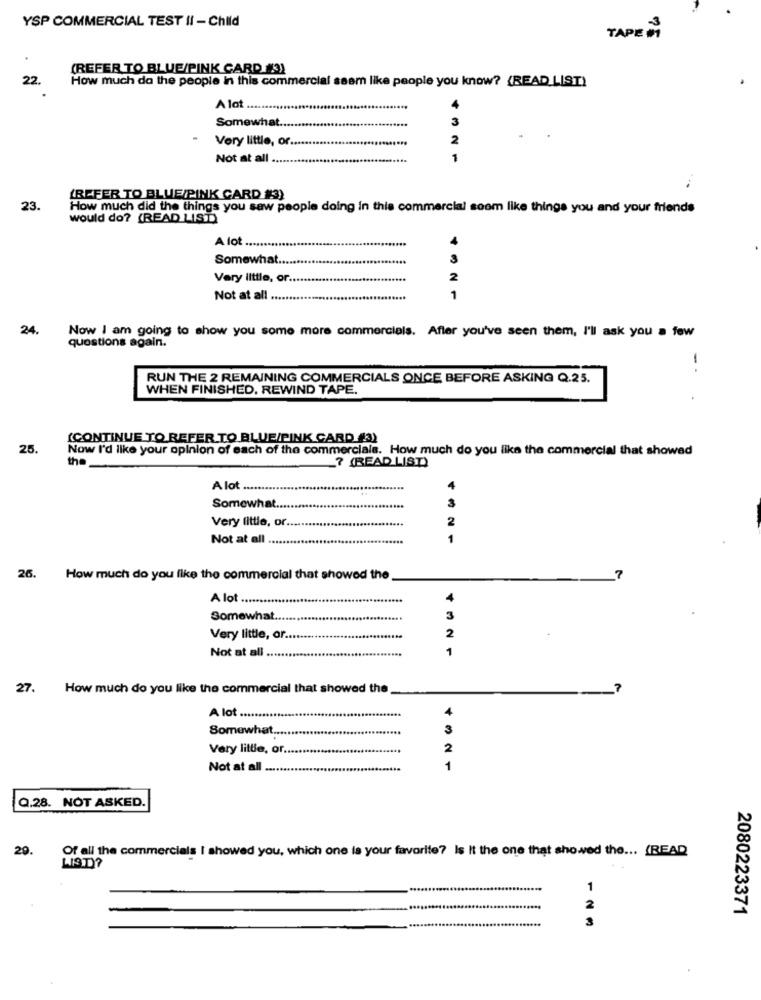
YSP COMMERCIAL TEST II - Child
TAPE MY
(REFER TO BLUE/PINK CARD #3)
22.
How much da the people in this commercial seem like people you know? (READ_LIST)
A lot ...
Somewhat.
3
Very little, or.
2
Not at all
1
(REFER TO BLUE/PINK CARD #3)
23.
How much did the things you saw people doing in this commercial soom like things you and your friends
would do? (READ LIST)
A lot .........
Somewhat.
3
Very little, or
2
Not at all
1
24.
questions again.
Now I am going to show you some more commercials. After you've seen them, I'll ask you a few
-
RUN THE 2 REMAINING COMMERCIALS ONCE BEFORE ASKING Q.25.
WHEN FINISHED, REWIND TAPE.
(CONTINUE TO REFER TO BLUE/PINK CARD #3)
25.
Now I'd like your opinion of each of the commercials. How much do you like the commercial that showed
the_
? (READ LIST)
A lot
Somewhat ....
Very little, or ..
2
Not at all
26.
How much do you like the commercial that showed the
A lot ...
Somewhat ....
Very little, or.
Not at all
21
27. How much do you like the commercial that showed the
A lot ...
Somewhat,
3
Very little, or ...........................
2
Not at all ....
1
Q.28. NOT ASKED.
29.
Of all the commercials I showed you, which one is your favorite? Is It the one that showed the ... (READ
2080223371
123